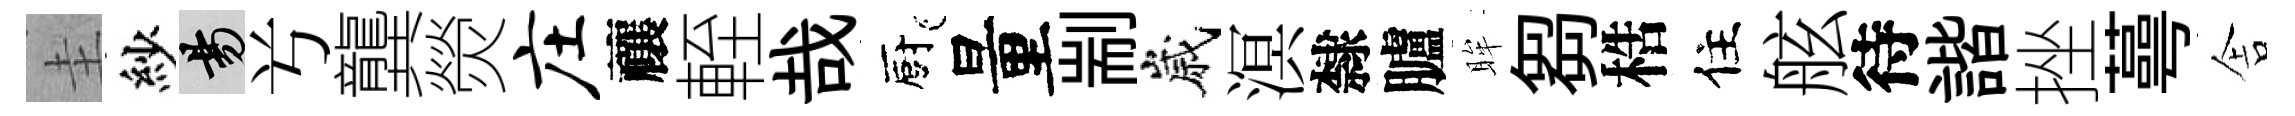
圭紗昜𠔃龔熒庄禳輊哉廚量剬嵗溟隸臚眸芻梏住舷待諧挫蕚舎